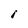
Character: I